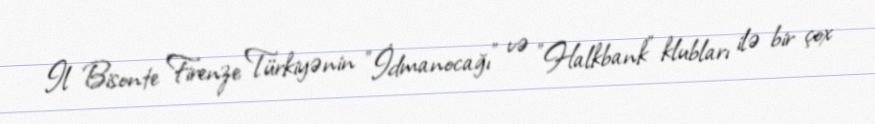
Il Bisonte Firenze Türkiyənin "İdmanocağı" və "Halkbank" klubları ilə bir çox